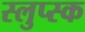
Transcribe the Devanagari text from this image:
स्लुप्स्क